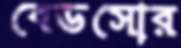
বেডসোর